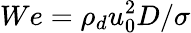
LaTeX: We={{\rho}_{d}}u_{0}^{2}D/{{{\sigma}}}